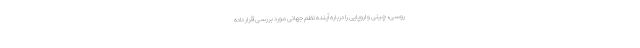
روسی، چینی و اروپایی را درباره آینده نظم جهانی مورد بررسی قرار داده